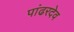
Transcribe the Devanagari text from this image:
पांढरदेव